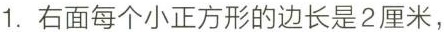
1.右面每个小正方形的边长是2厘米，